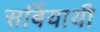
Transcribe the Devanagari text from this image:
सर्बियायी